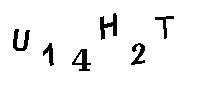
U14H2T